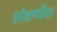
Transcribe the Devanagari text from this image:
शौक्षणीक